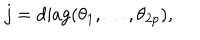
LaTeX: j = \mathrm { d i a g } ( \theta _ { 1 } , \ldots , \theta _ { 2 p } ) ,